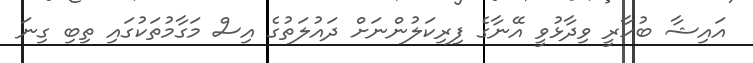
އައިޝާ ބުހާރީ ވިދާޅުވީ އޭނާގެ ފިރިކަލުންނަށް ދައުލަތުގެ އިސް މަގާމުތަކުގައި ތިބި ގިނަ